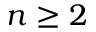
n \geq 2